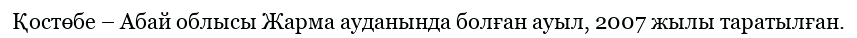
Қостөбе – Абай облысы Жарма ауданында болған ауыл, 2007 жылы таратылған.